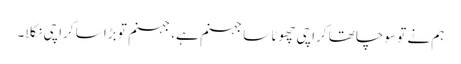
ہم نے تو سوچا تھا کراچی چھوٹا سا جہنم ہے، جہنم تو بڑا سا کراچی نکلا۔